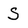
Character: S